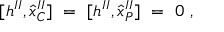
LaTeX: \lbrack h ^ { I I } , { \hat { x } } _ { C } ^ { I I } ] \ = \ [ h ^ { I I } , { \hat { x } } _ { P } ^ { I I } ] \ = \ 0 \ ,